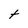
Character: t